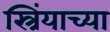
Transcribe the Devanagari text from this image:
स्त्रिंयाच्या